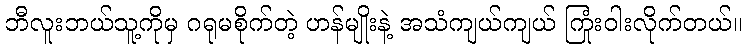
ဘီလူးဘယ်သူ့ကိုမှ ဂရုမစိုက်တဲ့ ဟန်မျိုးနဲ့ အသံကျယ်ကျယ် ကြုံးဝါးလိုက်တယ်။